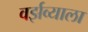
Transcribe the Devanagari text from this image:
वर्झव्याला